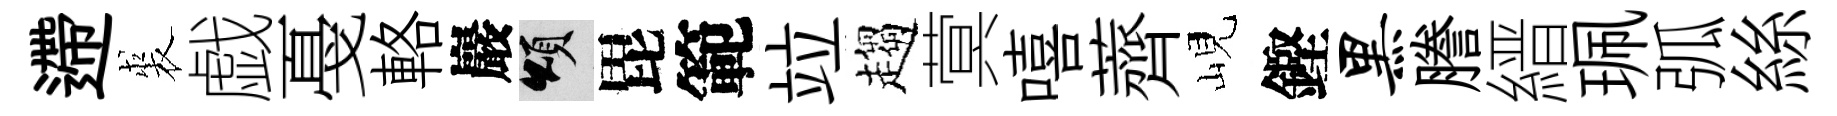
遰裘戯戞輅巖頌毘範竝趨蓂嘻薺峴鏗黑謄縉珮弧絲